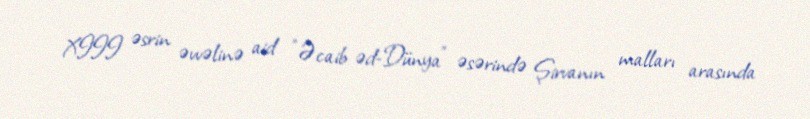
XIII əsrin əvvəlinə aid "Əcaib əd-Dünya" əsərində Şirvanın malları arasında